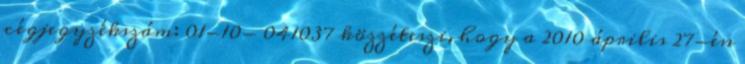
cégjegyzékszám: 01-10- 041037 közzéteszi, hogy a 2010 április 27-én